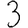
Digit: 3